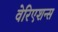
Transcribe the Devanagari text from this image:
वेरिएशन्स